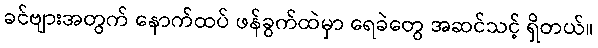
ခင်ဗျားအတွက် နောက်ထပ် ဖန်ခွက်ထဲမှာ ရေခဲတွေ အဆင်သင့် ရှိတယ်။